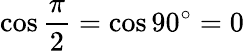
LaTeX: \cos{\frac{\pi}{2}}=\cos 90^{\circ}=0